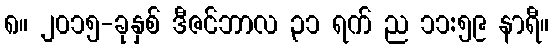
၈။ ၂၀၁၅-ခုနှစ် ဒီဇင်ဘာလ ၃၁ ရက် ည ၁၁:၅၉ နာရီ။